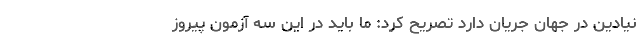
نیادین در جهان جریان دارد تصریح کرد: ما باید در این سه آزمون پیروز